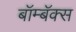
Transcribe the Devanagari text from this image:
बॉम्बॅक्स